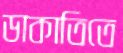
ডাকাতিতে